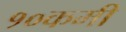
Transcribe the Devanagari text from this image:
१०कमी